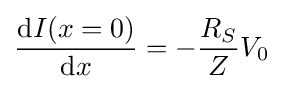
{\frac {\mathrm {d} I(x=0)}{\mathrm {d} x}}=-{\frac {R_{S}}{Z}}V_{0}